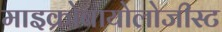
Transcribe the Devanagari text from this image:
माइक्रोबायोलोजीस्ट